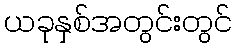
ယခုနှစ်အတွင်းတွင်